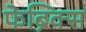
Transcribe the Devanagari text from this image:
फेब्रिक्स